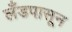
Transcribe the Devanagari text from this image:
लँडपासून